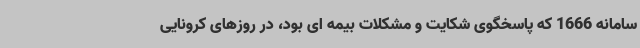
سامانه 1666 که پاسخگوی شکایت و مشکلات بیمه ای بود، در روزهای کرونایی